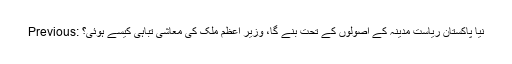
Previous: نیا پاکستان ریاست مدینہ کے اصولوں کے تحت بنے گا، وزیر اعظم ملک کی معاشی تباہی کیسے ہوئی؟